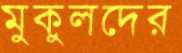
মুকুলদের